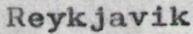
Reykjavik